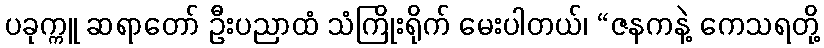
ပခုက္ကူ ဆရာတော် ဦးပညာထံ သံကြိုးရိုက် မေးပါတယ်၊ “ဇနကနဲ့ ကေသရတို့